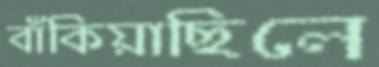
বাঁকিয়াছিলে